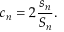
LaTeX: c _ { n } = 2 { \frac { s _ { n } } { S _ { n } } } .